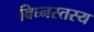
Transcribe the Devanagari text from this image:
विघ्नस्तस्य